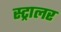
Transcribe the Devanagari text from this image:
स्ट्रालर